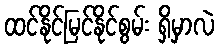
ထင်နိုင်မြင်နိုင်စွမ်း ရှိမှာလဲ